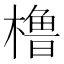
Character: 橹